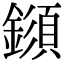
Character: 𨬗